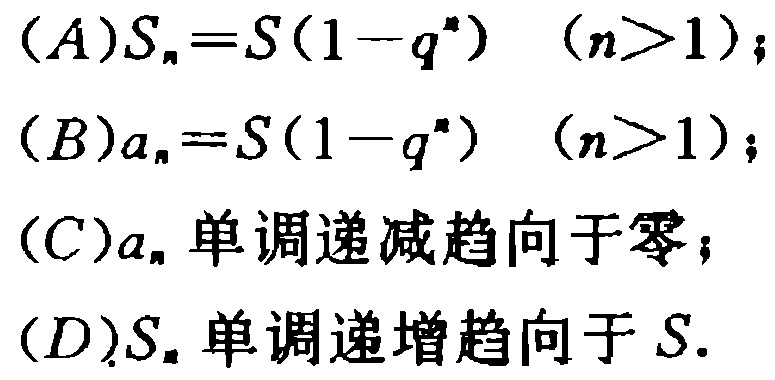
(A)$S_{n}=S(1 - q^{n})\ \ (n>1)$;

(B)$a_{n}=S(1 - q^{n})\ \ (n>1)$;

(C)$a_{n}$ 单调递减趋向于零；

(D)$S_{n}$ 单调递增趋向于 $S$.